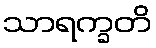
သာရက္ခတိ